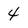
Character: 4